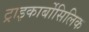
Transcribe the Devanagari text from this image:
ट्राइकार्बोसिलिक